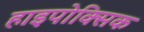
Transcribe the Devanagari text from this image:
हाइपोक्सिक